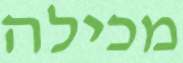
מכילה